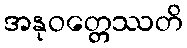
အနုဝတ္တေဿတိ